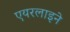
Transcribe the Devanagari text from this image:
एयरलाइने